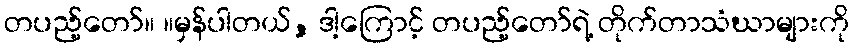
တပည့်တော်။ ။မှန်ပါတယ်, ဒါ့ကြောင့် တပည့်တော်ရဲ့ တိုက်တာသံဃာများကို